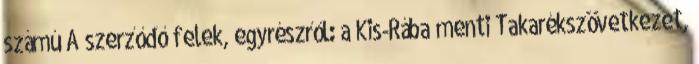
számú A szerződő felek, egyrészről: a Kis-Rába menti Takarékszövetkezet,